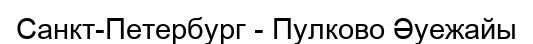
Санкт-Петербург - Пулково Әуежайы